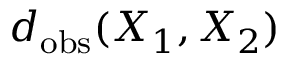
d _ { \mathrm { o b s } } ( X _ { 1 } , X _ { 2 } )